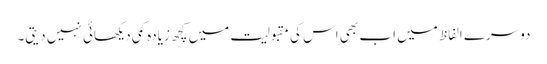
دوسرے الفاظ میں اب بھی اس کی مقبولیت میں کچھ زیادہ کمی دیکھائی نہیں دیتی۔